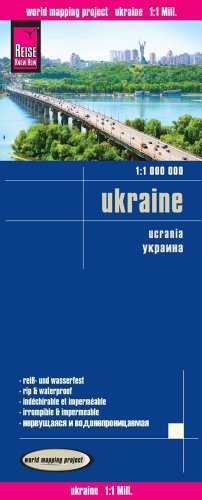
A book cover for Ukraine; Reise Know-How Verlag; Travel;